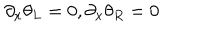
LaTeX: \partial _ { x } \theta _ { L } = 0 , \partial _ { x } \theta _ { R } = 0